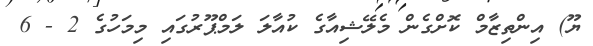
ޔޫ) އިންތިޒާމް ކޮށްގެން މެލޭޝިއާގެ ކުއާލަ ލަމްޕޫރުގައި މިމަހުގެ 2 - 6